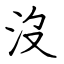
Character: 沒